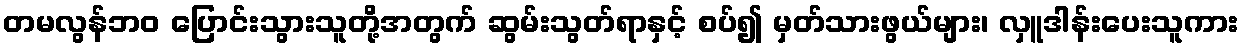
တမလွန်ဘဝ ပြောင်းသွားသူတို့အတွက် ဆွမ်းသွတ်ရာနှင့် စပ်၍ မှတ်သားဖွယ်များ၊ လှူဒါန်းပေးသူကား